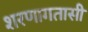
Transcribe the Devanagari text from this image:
शरणागतासी